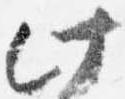
此